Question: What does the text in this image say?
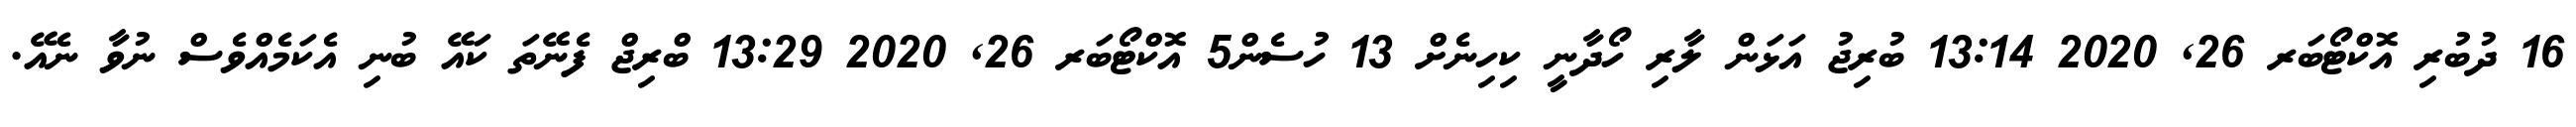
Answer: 16 ދުބުރި އޮކްޓޯބަރ 26, 2020 13:14 ބުރިޖު އަޅަން ލާރި ހޯދާނީ ކިހިނެށް 13 ހުސެން5 އޮކްޓޯބަރ 26, 2020 13:29 ބްރިޖް ފެނޭތަ ކައޭ ބުނި އެކަމެއްވެސް ނުވާ ނެއޭ.